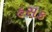
હસક